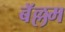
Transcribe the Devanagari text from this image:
बॅल्लम